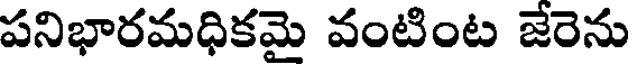
పనిభారమధికమై వంటింట జేరెను